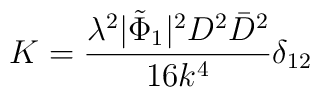
K=\frac{\lambda^2|\tilde{\Phi}_1|^2 D^2\bar{D}^2}{16k^4}\delta_{12}